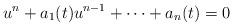
LaTeX: \begin{align*}u^n+a_1(t)u^{n-1}+\dots +a_n(t)=0\end{align*}